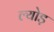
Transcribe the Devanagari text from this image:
ल्योड़